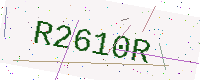
Text: R2610R